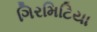
ગિરમિટિયા